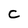
Character: C